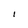
Character: I